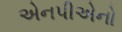
એનપીએનો